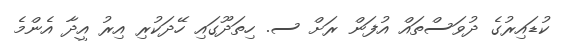
ކުޑައިރުގެ ދުވަސްތައް އުފަން ރަށް ސ. ހިތަދޫގައި ހޭދަކުރި އިރު އީދާ އެންމެ